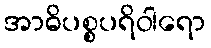
အာဓိပစ္စပရိဝါရော